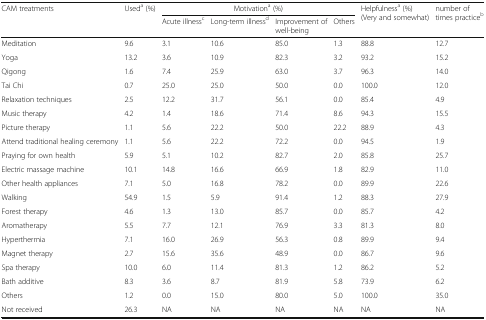
<table><thead><tr><td rowspan="2"><b>CAM treatments</b></td><td rowspan="2"><b>Used<sup>a</sup> (%)</b></td><td colspan="4"><b>Motivation<sup>a</sup> (%)</b></td><td rowspan="2"><b>Helpfulness<sup>a</sup> (%) (Very and somewhat)</b></td><td rowspan="2"><b>number of times practice<sup>b</sup></b></td></tr><tr><td><b>Acute illness<sup>c</sup></b></td><td><b>Long-term illness<sup>d</sup></b></td><td><b>Improvement of well-being</b></td><td><b>Others</b></td></tr></thead><tbody><tr><td>Meditation</td><td>9.6</td><td>3.1</td><td>10.6</td><td>85.0</td><td>1.3</td><td>88.8</td><td>12.7</td></tr><tr><td>Yoga</td><td>13.2</td><td>3.6</td><td>10.9</td><td>82.3</td><td>3.2</td><td>93.2</td><td>15.2</td></tr><tr><td>Qigong</td><td>1.6</td><td>7.4</td><td>25.9</td><td>63.0</td><td>3.7</td><td>96.3</td><td>14.0</td></tr><tr><td>Tai Chi</td><td>0.7</td><td>25.0</td><td>25.0</td><td>50.0</td><td>0.0</td><td>100.0</td><td>12.0</td></tr><tr><td>Relaxation techniques</td><td>2.5</td><td>12.2</td><td>31.7</td><td>56.1</td><td>0.0</td><td>85.4</td><td>4.9</td></tr><tr><td>Music therapy</td><td>4.2</td><td>1.4</td><td>18.6</td><td>71.4</td><td>8.6</td><td>94.3</td><td>15.5</td></tr><tr><td>Picture therapy</td><td>1.1</td><td>5.6</td><td>22.2</td><td>50.0</td><td>22.2</td><td>88.9</td><td>4.3</td></tr><tr><td>Attend traditional healing ceremony</td><td>1.1</td><td>5.6</td><td>22.2</td><td>72.2</td><td>0.0</td><td>94.5</td><td>1.9</td></tr><tr><td>Praying for own health</td><td>5.9</td><td>5.1</td><td>10.2</td><td>82.7</td><td>2.0</td><td>85.8</td><td>25.7</td></tr><tr><td>Electric massage machine</td><td>10.1</td><td>14.8</td><td>16.6</td><td>66.9</td><td>1.8</td><td>82.9</td><td>11.0</td></tr><tr><td>Other health appliances</td><td>7.1</td><td>5.0</td><td>16.8</td><td>78.2</td><td>0.0</td><td>89.9</td><td>22.6</td></tr><tr><td>Walking</td><td>54.9</td><td>1.5</td><td>5.9</td><td>91.4</td><td>1.2</td><td>88.3</td><td>27.9</td></tr><tr><td>Forest therapy</td><td>4.6</td><td>1.3</td><td>13.0</td><td>85.7</td><td>0.0</td><td>85.7</td><td>4.2</td></tr><tr><td>Aromatherapy</td><td>5.5</td><td>7.7</td><td>12.1</td><td>76.9</td><td>3.3</td><td>81.3</td><td>8.0</td></tr><tr><td>Hyperthermia</td><td>7.1</td><td>16.0</td><td>26.9</td><td>56.3</td><td>0.8</td><td>89.9</td><td>9.4</td></tr><tr><td>Magnet therapy</td><td>2.7</td><td>15.6</td><td>35.6</td><td>48.9</td><td>0.0</td><td>86.7</td><td>9.6</td></tr><tr><td>Spa therapy</td><td>10.0</td><td>6.0</td><td>11.4</td><td>81.3</td><td>1.2</td><td>86.2</td><td>5.2</td></tr><tr><td>Bath additive</td><td>8.3</td><td>3.6</td><td>8.7</td><td>81.9</td><td>5.8</td><td>73.9</td><td>6.2</td></tr><tr><td>Others</td><td>1.2</td><td>0.0</td><td>15.0</td><td>80.0</td><td>5.0</td><td>100.0</td><td>35.0</td></tr><tr><td>Not received</td><td>26.3</td><td>NA</td><td>NA</td><td>NA</td><td>NA</td><td>NA</td><td>NA</td></tr></tbody></table>